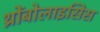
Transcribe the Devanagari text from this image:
थ्रोंबोलाइसिस